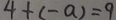
4 + ( - a ) = 9